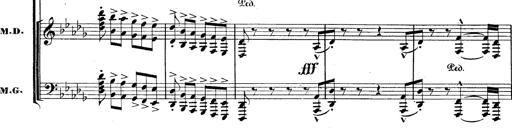
Title: BÃ©nÃ©diction et serment
Composer: Franz Liszt